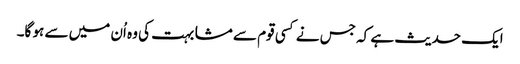
ایک حدیث ہے کہ جس نے کسی قوم سے مشابہت کی وہ اُن میں سے ہو گا۔